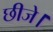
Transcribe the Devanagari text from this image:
छीजे।